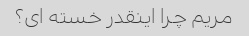
مریم چرا اینقدر خسته ای؟